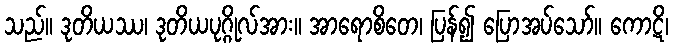
သည်။ ဒုတိယဿ၊ ဒုတိယပုဂ္ဂိုလ်အား။ အာရောစိတေ၊ ပြန်၍ ပြောအပ်သော်။ ကောဋိ၊